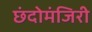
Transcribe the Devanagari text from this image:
छंदोमंजिरी